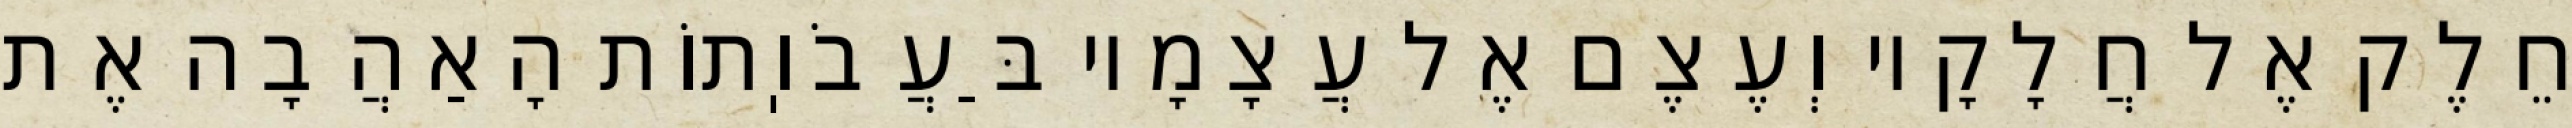
חֵלֶק אֶל חֲלָקָיו וְעֶצֶם אֶל עֲצָמָיו בַּעֲבֹוֽתוֹת הָאַהֲבָה אֶת